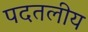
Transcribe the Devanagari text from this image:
पदतलीय